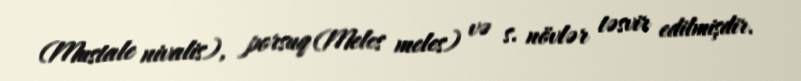
(Mustale nivalis), porsuq (Meles meles) və s. növlər təsvir edilmişdir.